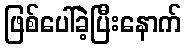
ဖြစ်ပေါ်ခဲ့ပြီးနောက်